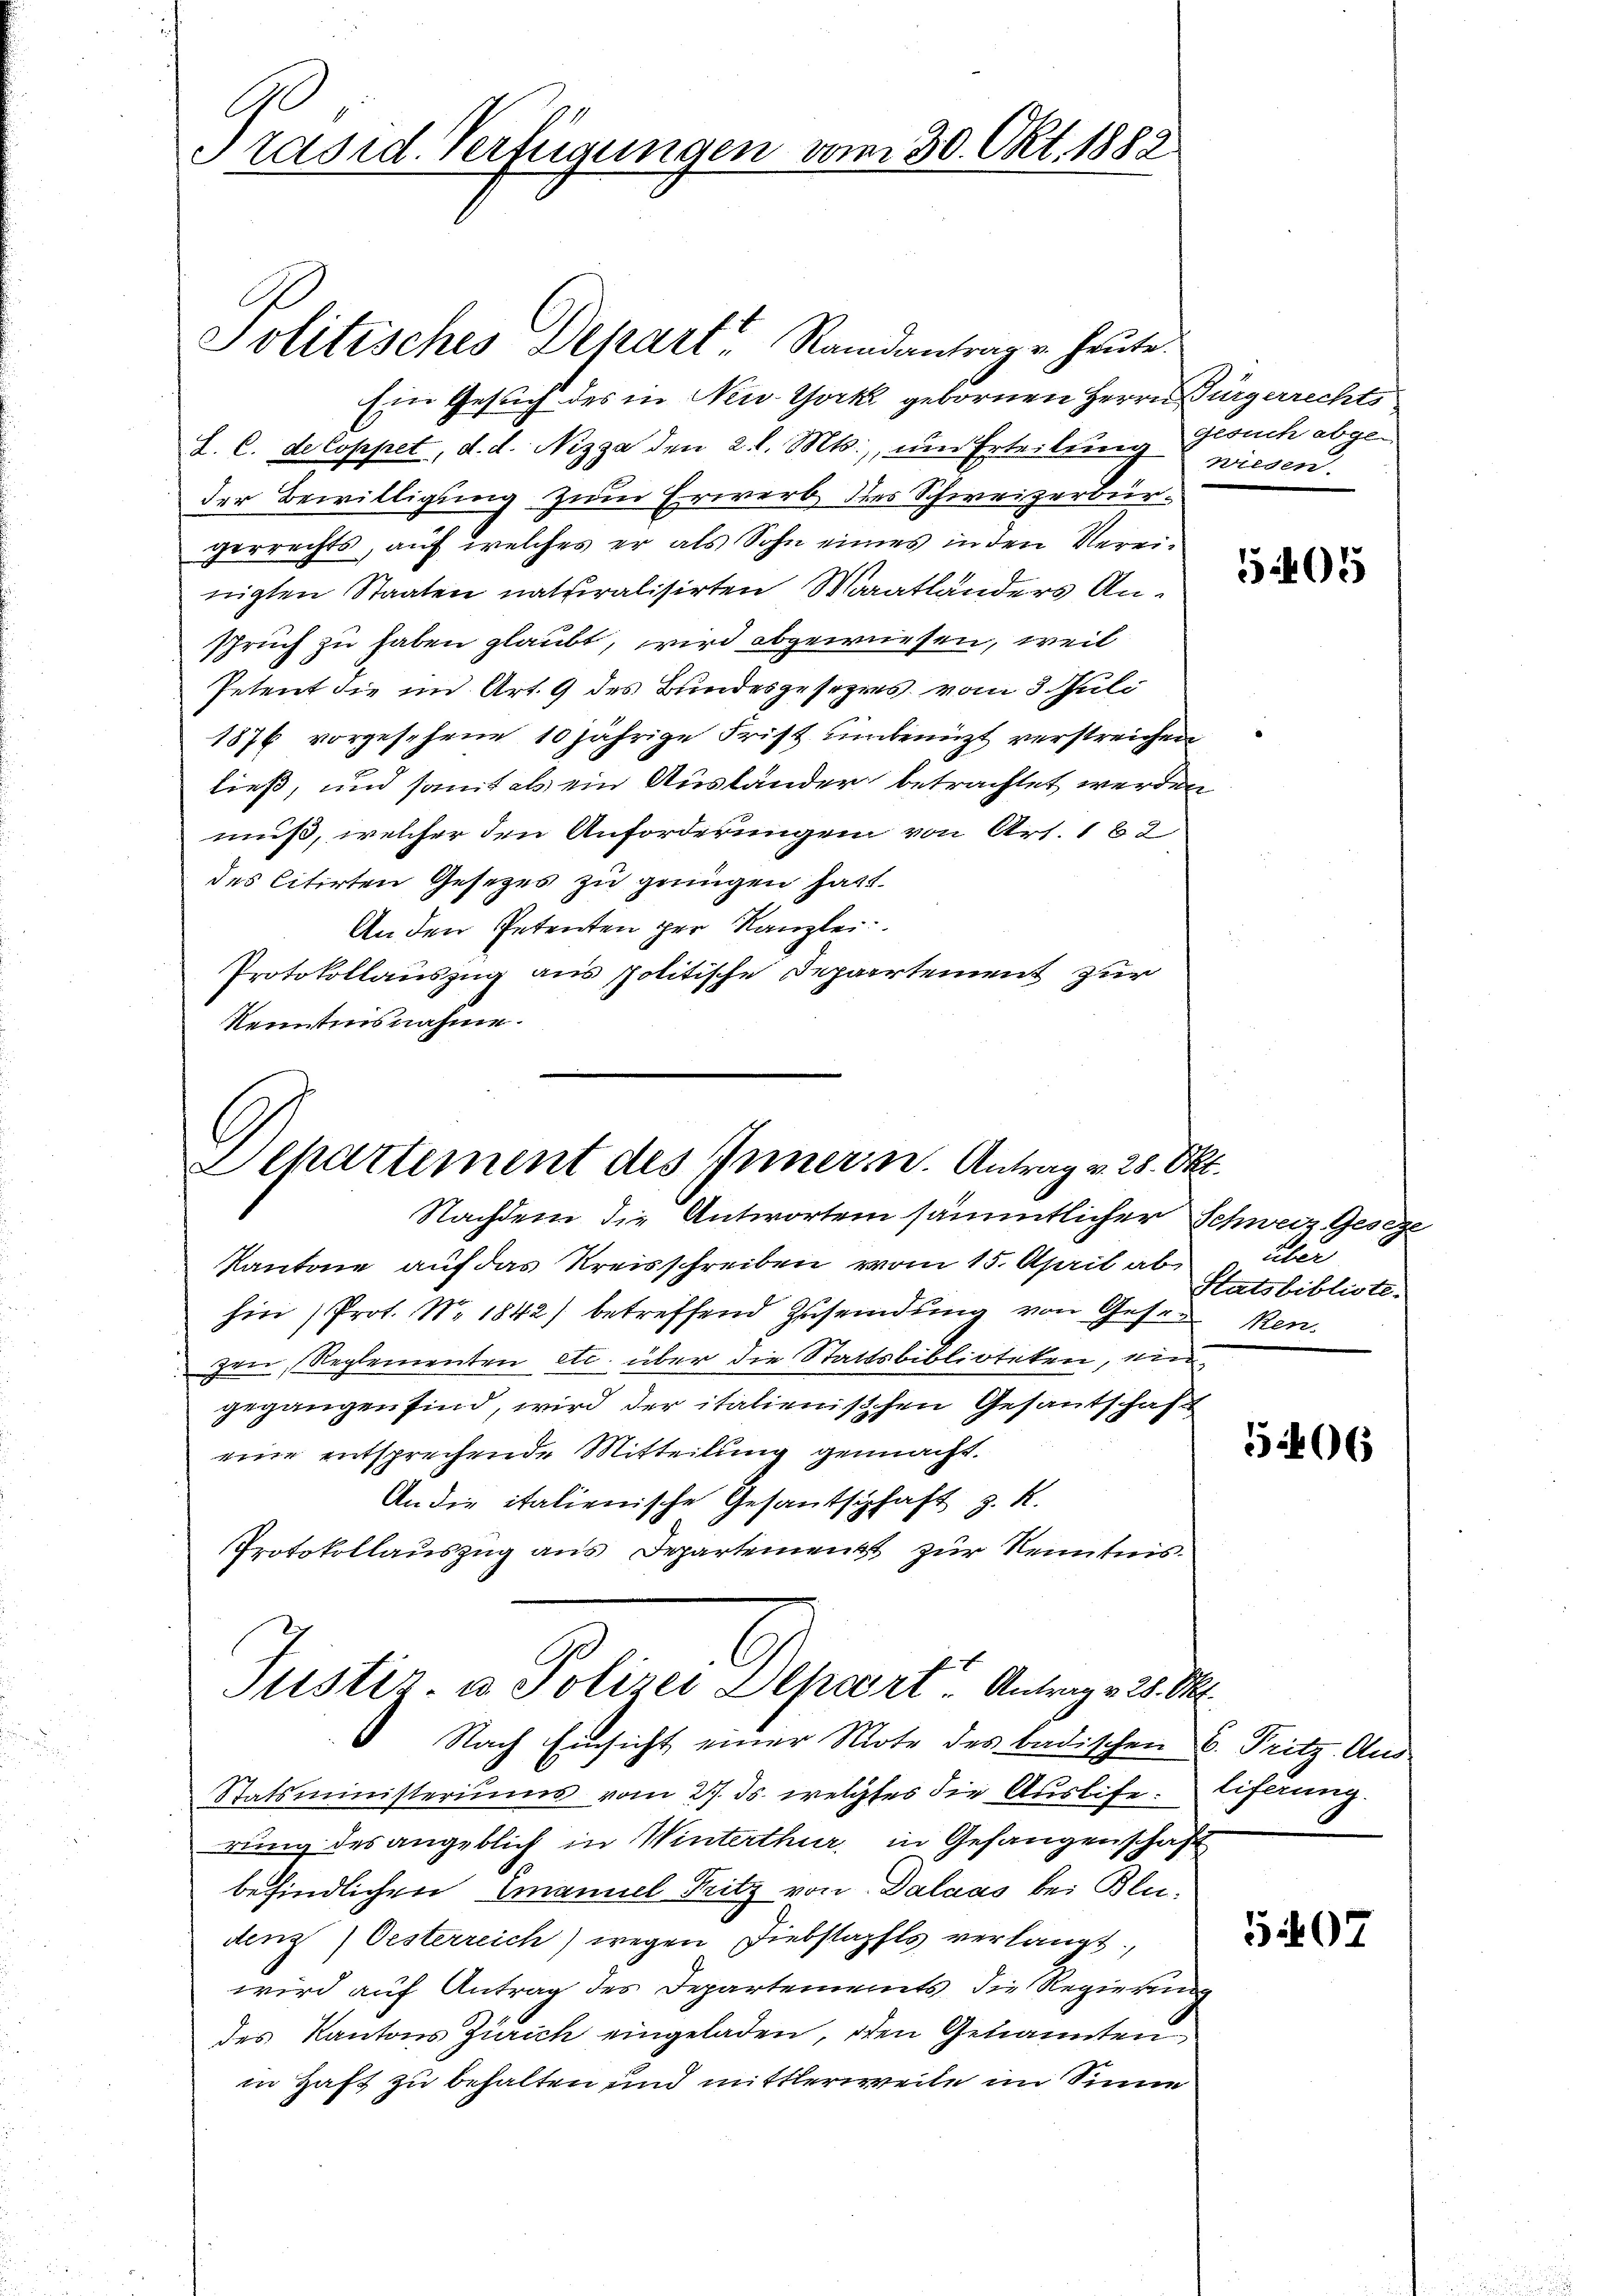
Präsid. Verfügungen vom 30. Okt. 1882

Ein Gesuch des in New-York gebornen Herrn Bürgerrechts
L. C. de Coppet, d. d. Nizza den 2 l. Mts., um Erteilung Gesuch abgeder Bewilligung zum Erwerb des Schweizerbürgerrechts, auf welches er als Sohn eines in den Vereinigten Staaten naturalisirten Waadtländers Anspruch zu haben glaubt, wird abgewiesen, weil
Petent die im Art. 9 des Bundesgesetzes vom 3. Juli
1876 vorgesehene 10 jährige Frist unbenützt verstreichen
ließ, und somit als ein Ausländer betrachtet werden
muß, welcher den Anforderungen von Art. 162
des litirten Gesetzes zu genügen hatt.
An den Petenten per Kanzlei
Protokollauszug aus politische Departement zur
Nenntnisnahme.

Politisches Depart Randantrag u. heute.

Lepartement des Innern. Antrag v. 28. Okt.
Nachdem die Antworten sämmtlicher Schweiz Geseze

Kantone auf das Kreisschreiben vom 15. April ab
hin (Prot. No 1842) betreffend Zusendung von Geser Ren
zen, Reglementen etc. über die Stattsbiblioteken, ein
gegangen sind, wird der italienischen Gesantschaft
eine entsprechende Mitteilung gemacht.
An die italienische Gesantschaft z. R.
Protokollauszug aus Departement zur Kenntnis.
Statsministeriums vom 27. ds. welchtes die Auslife:
rung des angeblich in Winterthur, in Gefangenschaft
befindlichen Emanuel Fritz von Dalaas bei Bludenz  Oesterreich) wegen Diebstahls verlangt,
wird auf Antrag des Departements die Regierung
des Kantons Zürich eingeladen, oden Genannten
in Haft zu behalten und mittlerweile im Sinne

Justiz- u. Polizei Depart Antrag v. 25. Okt.
Nach Einsicht einer Note des badischen C. Pritz Aus-

wiesen.

5405

über
Statsbibliote.

406

liferung.

507